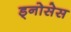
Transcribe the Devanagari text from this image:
ड्नोसेस